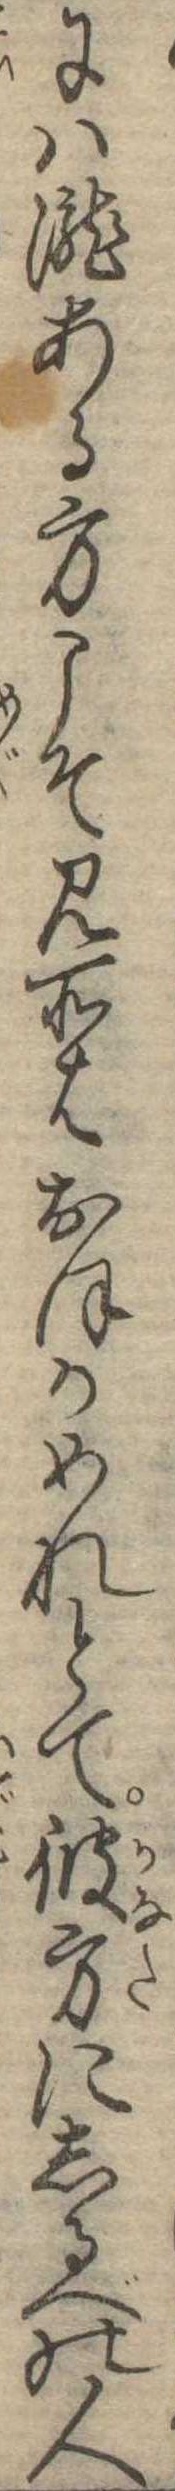
には滝ある方こそ見所はおほかめれとて彼方にしるべの人